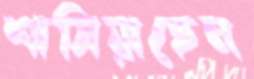
শাসিয়াছেন